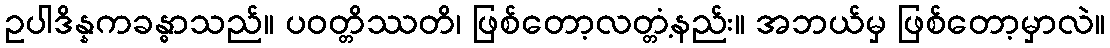
ဥပါဒိန္နကခန္ဓာသည်။ ပဝတ္တိဿတိ၊ ဖြစ်တော့လတ္တံ့နည်း။ အဘယ်မှ ဖြစ်တော့မှာလဲ။